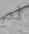
لم